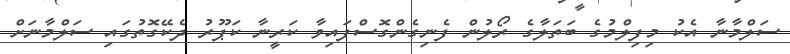
ސަލްމާނާ އެކު މިފިލްމުގެ ބަތަލާގެ ރޯލުން ފެނިގެންގޮސްފައިވާ ކަރީނާ ކަޕޫރު ދެކޭގޮތުގައި ސަލްމާނަށް